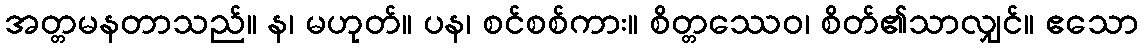
အတ္တမနတာသည်။ န၊ မဟုတ်။ ပန၊ စင်စစ်ကား။ စိတ္တဿေဝ၊ စိတ်၏သာလျှင်။ ဧသော